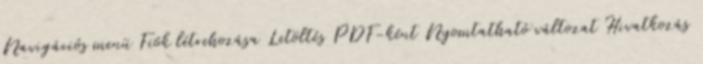
Navigációs menü Fiók létrehozása Letöltés PDF-ként Nyomtatható változat Hivatkozás